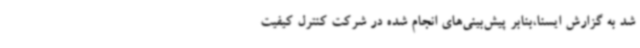
شد به گزارش ایسنا،بنابر پیش‌بینی‌های انجام ‌شده در شرکت کنترل کیفیت